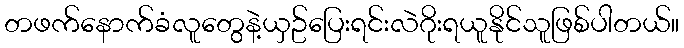
တဖက်နောက်ခံလူတွေနဲ့ယှဥ်ပြေးရင်းလဲဂိုးရယူနိုင်သူဖြစ်ပါတယ်။